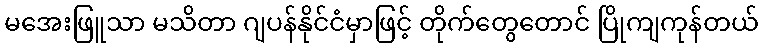
မအေးဖြူသာ မသိတာ ဂျပန်နိုင်ငံမှာဖြင့် တိုက်တွေတောင် ပြိုကျကုန်တယ်